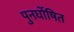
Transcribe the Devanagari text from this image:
पुनर्घोषित